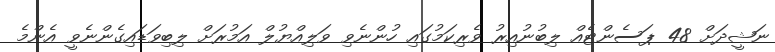
ނަޝީދަށް 48 ޕަސެންޓެއް ލިބުނުއިރު ވެރިކަމުގައި ހުންނެވި ވަލިއްޔުލް އަމުރަށް ލިބިވަޑައިގެންނެވީ އެންމެ